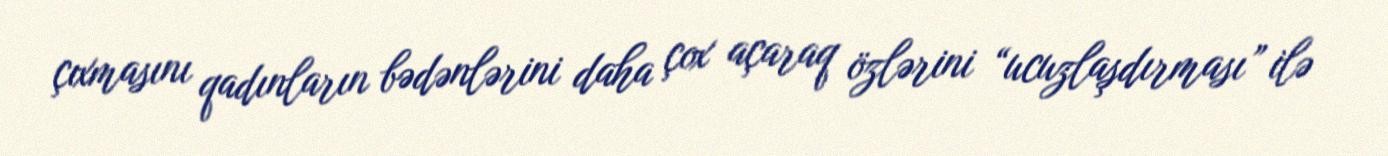
çıxmasını qadınların bədənlərini daha çox açaraq özlərini “ucuzlaşdırması” ilə